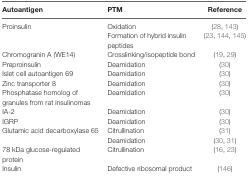
| Autoantigen | PTM | Reference |
 | --- | --- | --- |
 | Proinsulin | Oxidation | (28, 143) |
 |  | Formation of hybrid insulin peptides | (23, 144, 145) |
 | Chromogranin A (WE14) | Crosslinking/isopeptide bond | (19, 29) |
 | Preproinsulin | Deamidation | (30) |
 | Islet cell autoantigen 69 | Deamidation | (30) |
 | Zinc transporter 8 | Deamidation | (30) |
 | Phosphatase homolog of granules from rat insulinomas | Deamidation | (30) |
 | IA-2 | Deamidation | (30) |
 | IGRP | Deamidation | (30) |
 | Glutamic acid decarboxylase 65 | Citrullination | (31) |
 |  | Deamidation | (30, 31) |
 | 78 kDa glucose-regulated protein | Citrullination | (16, 23) |
 | Insulin | Defective ribosomal product | (146) |